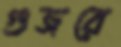
গুজরে